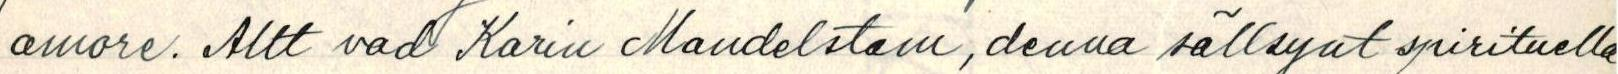
amore. Allt vad Karin Madelstam, denna sällsynt spirituella